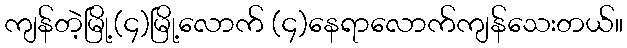
ကျန်တဲ့မြို့(၄)မြို့လောက် (၄)နေရာလောက်ကျန်သေးတယ်။